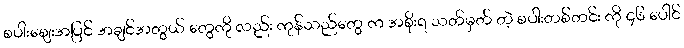
စပါးဈေးအပြင် အချင်အတွယ် တွေကို လည်း ကုန်သည်တွေ က အစိုးရ သတ်မှတ် တဲ့ စပါးတစ်တင်း ကို ၄၆ ပေါင်